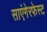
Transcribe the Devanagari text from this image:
साएंगेरफेस्ट